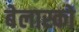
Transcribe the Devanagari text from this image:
बेलास्को